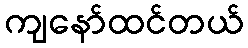
ကျနော်ထင်တယ်